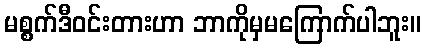
မစ္စက်ဒီဝင်းတားဟာ ဘာကိုမှမကြောက်ပါဘူး။